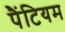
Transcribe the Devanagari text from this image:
पैंटियम